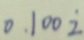
0 . 1 0 0 \dot { 2 }